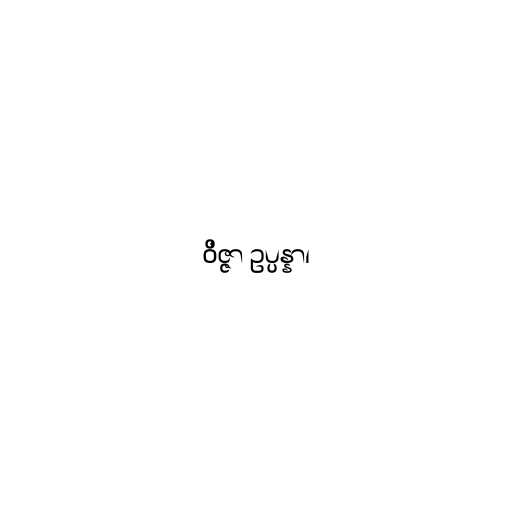
ဝိဇ္ဇာ ဥပ္ပန္နာ၊